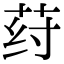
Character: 荮